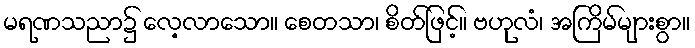
မရဏသညာ၌ လေ့လာသော။ စေတသာ၊ စိတ်ဖြင့်။ ဗဟုလံ၊ အကြိမ်များစွာ။